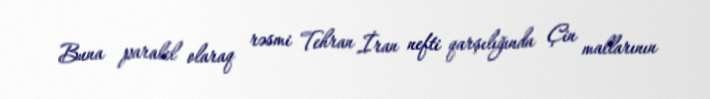
Buna paralel olaraq rəsmi Tehran İran nefti qarşılığında Çin mallarının